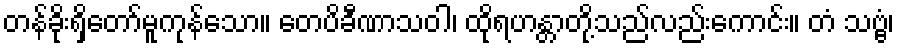
တန်ခိုးရှိတော်မူကုန်သော။ တေပိခီဏာသဝါ၊ ထိုရဟန္တာတို့သည်လည်းကောင်း။ တံ သဗ္ဗံ၊